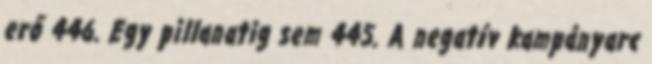
erő 446. Egy pillanatig sem 445. A negatív kampányarc